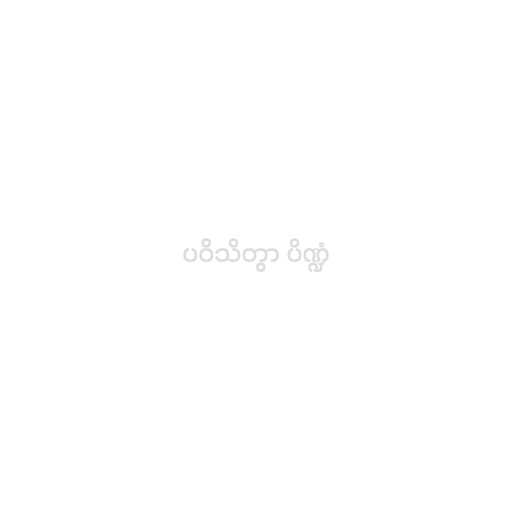
ပဝိသိတွာ ပိဏ္ဍံ